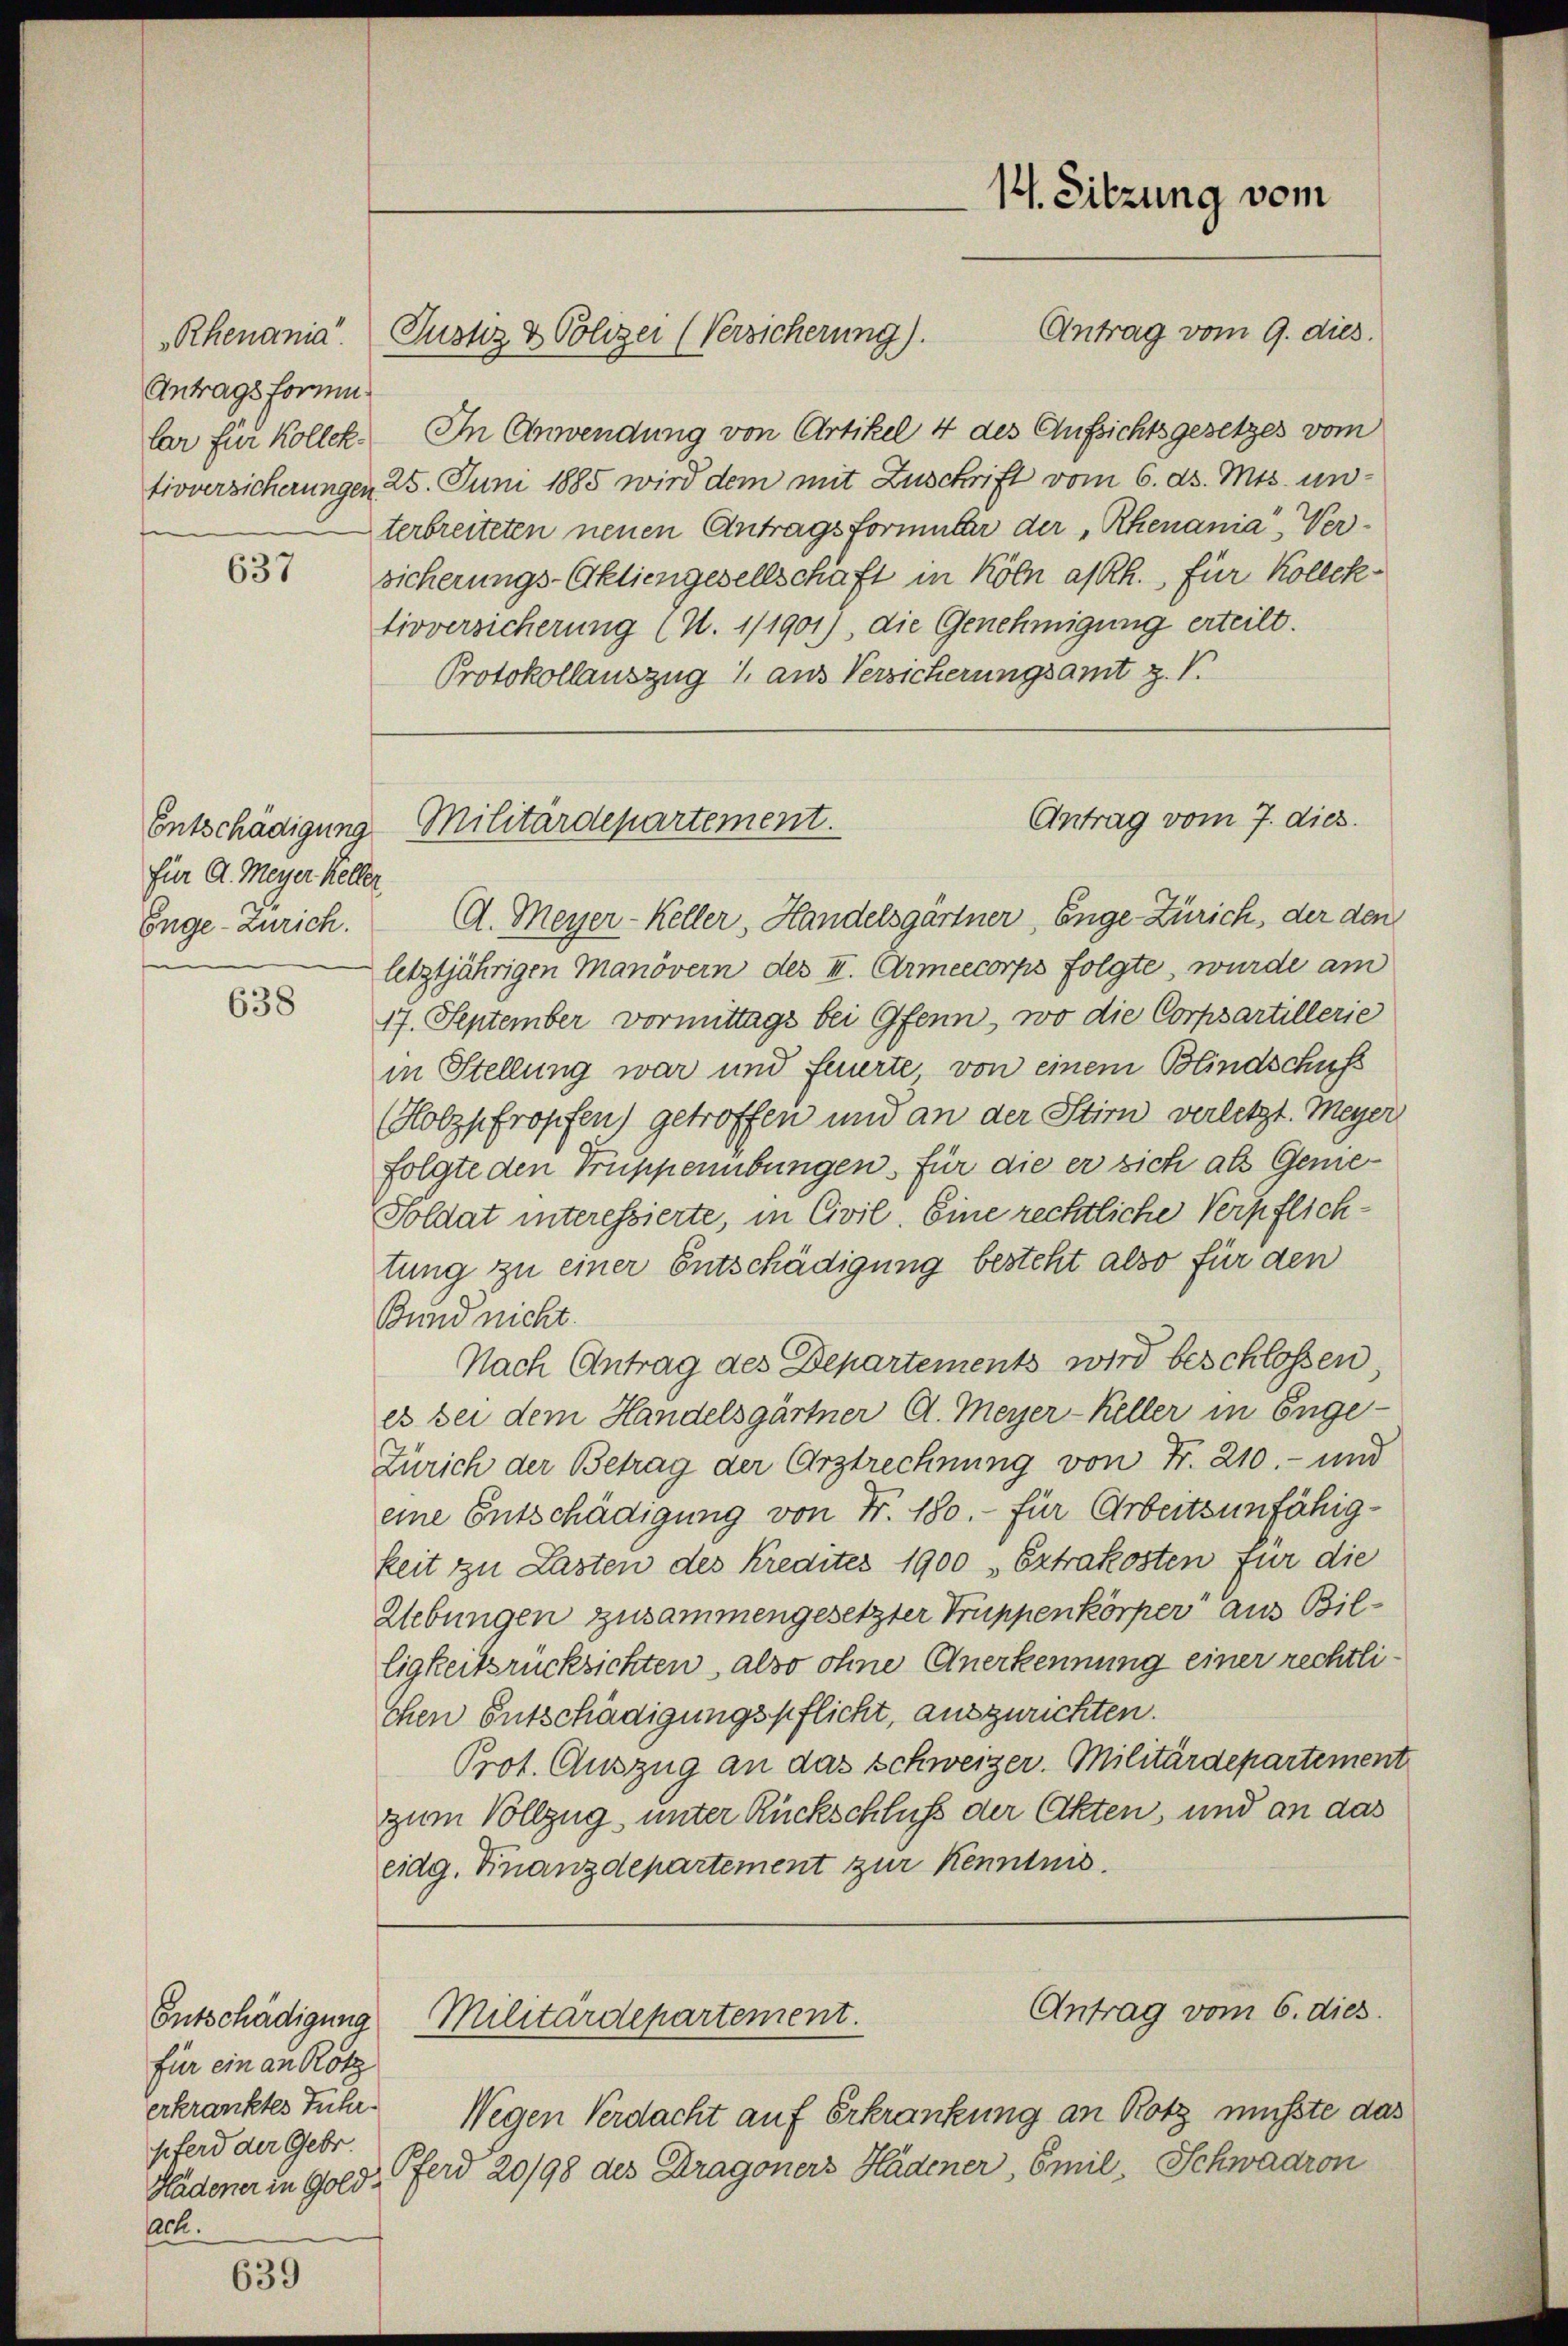
Antragsformu
lar für Kollek

637

für A. Meyer Keller
Enge-Zürich.

638

für ein an Rotz
pferd der Gebr.
Ach.

639

Antrag vom 9. dies
In Anwendung von Artikel 4 des Aufsichtsgesetzes vom
tivversicherungen 25. Juni 1885 wird dem mit Zuschrift vom 6. d. Mts. unterbreiteten neuen Antragsformular der Rhenania Versicherungs-Aktiengesellschaft in Köln a/Rh., für Kollek-
tivversicherung (N. 1/1901), die Genehmigung erteilt.
Protokollauszug 1 aus Versicherungsamt z. V.

A. Meyer-Keller, Handelsgärtner, Enge-Zürich, der den
letztjährigen Manövern des II. Armeecorps folgte, wurde am
17. September vormittags bei Gfenn, wo die Corpsartillerie
in Stellung war und feierte, von einem Blindschuß
Holzpfropfen) getroffen und an der Stir verletzt. Meyer
folgte den Truppenibungen, für die er sich als Geme¬
Soldat interessierte, in Civil. Eine rechtliche Verpflichtung zu einer Entschädigung besteht also für den
Bund nicht.
Nach Antrag des Departements wird beschlossen,
es bei dem Handelsgärtner A. Meyer-Keller in Enge-
Zürich der Betrag der Erstrechnung von Fr. 210.- und
eine Entschädigung von Fr. 180.- für Arbeitsunfähigkeit zu Lasten des Kredites 1900 Extrakosten für die
Lebungen zusammengesetzter Truppenkörper aus Billigkeitsrücksichten, also ohne Anerkennung einer rechtlichen Entschädigungspflicht, auszurichten.
Prot. Auszug an das Schweizer. Militärdepartement
zum Vollzug unter Rückschluß der Akten, und an das
eidg. Finanzdepartement zur Kenntnis.
Antrag vom 6. dies
Entschädigung Militärdepartement.
erkranktes Fuhr. Wegen Verdacht auf Erkrankung an Rotz müsste das
Hädener in Gold ferd 20/98 des Dragoners Hädener, Emil Schwadron

Rhenania Justiz & Polizei (Versicherung).

14. Sitzung vom

Antrag vom 7. dies
Entschädigung Militärdepartement.